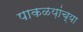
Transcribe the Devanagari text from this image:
पाकळय़ांच्या